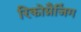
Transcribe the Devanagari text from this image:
रिकोग्नैजिंग